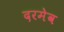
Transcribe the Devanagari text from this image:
दरमेव